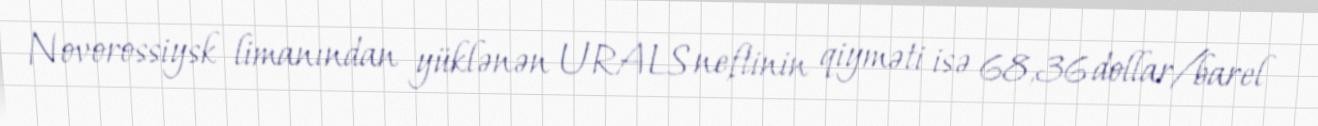
Novorossiysk limanından yüklənən URALS neftinin qiyməti isə 68,36 dollar/barel